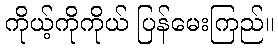
ကိုယ့်ကိုကိုယ် ပြန်မေးကြည်။